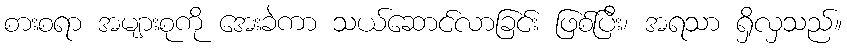
စားစရာ အများစုကို အေးခဲကာ သယ်ဆောင်လာခြင်း ဖြစ်ပြီး၊ အရသာ ရှိလှသည်။